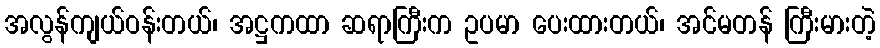
အလွန်ကျယ်ဝန်းတယ်၊ အဋ္ဌကထာ ဆရာကြီးက ဥပမာ ပေးထားတယ်၊ အင်မတန် ကြီးမားတဲ့